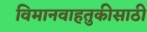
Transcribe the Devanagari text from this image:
विमानवाहतुकीसाठी